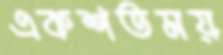
একশতময়